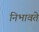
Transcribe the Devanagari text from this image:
निभावते